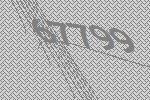
67799